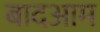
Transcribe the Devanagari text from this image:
बादआम